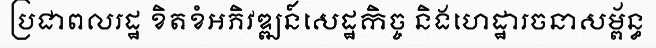
ប្រជាពលរដ្ឋ ខិតខំអភិវឌ្ឍន៍សេដ្ឋកិច្ច និងហេដ្ឋារចនាសម្ព័ន្ធ